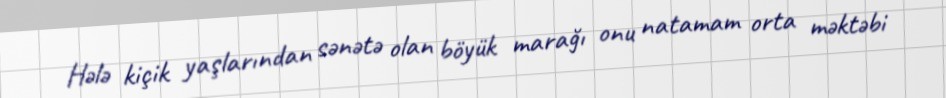
Hələ kiçik yaşlarından sənətə olan böyük marağı onu natamam orta məktəbi